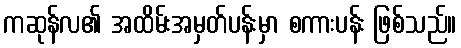
ကဆုန်လ၏ အထိမ်းအမှတ်ပန်းမှာ စကားပန်း ဖြစ်သည်။